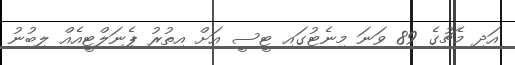
އަދި މެޗުގެ 89 ވަނަ މިނެޓުގައި ޓީސީ އަށް އިތުރު ޕެނަލްޓީއެއް ލިބުނު